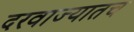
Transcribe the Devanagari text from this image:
दरवाज्यातच